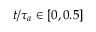
t / \tau _ { a } \in [ 0 , 0 . 5 ]